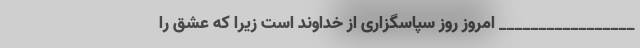
_________________ امروز روز سپاسگزاری از خداوند است زیرا که عشق را